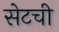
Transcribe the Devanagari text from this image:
सेटची